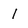
Character: 1